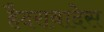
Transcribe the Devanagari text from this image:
हैदराबादेस